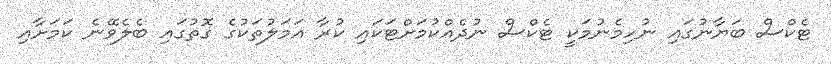
ޓެކްސް ބަޔާނުގައި ނުހިމެނުމަކީ ޓެކްސް ނުދެއްކުމަށްޓަކައި ކުރާ އަމަލުތަކުގެ ގޮތުގައި ބެލެވޭނެ ކަމަށާއި